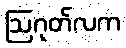
ဩဂုတ်လက